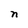
Character: n